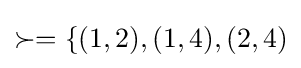
\succ =\{(1,2),(1,4),(2,4)